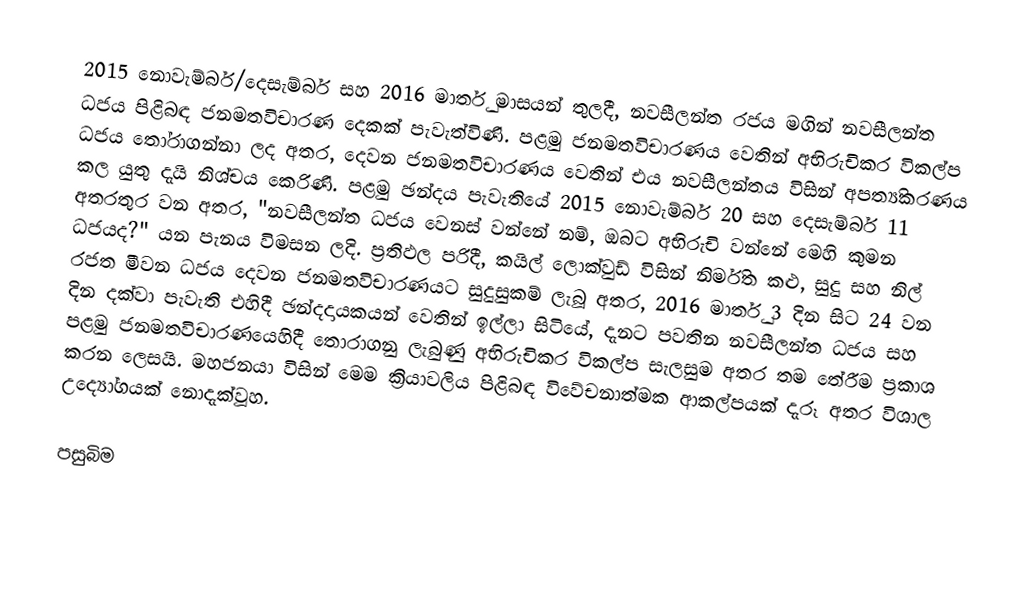
2015 නොවැම්බර්/දෙසැම්බර් සහ 2016 මාර්තු මාසයන් තුලදී, නවසීලන්ත රජය මගින් නවසීලන්ත ධජය  පිළිබඳ ජනමතවිචාරණ දෙකක්  පැවැත්විණි. පළමු ජනමතවිචාරණය වෙතින් අභිරුචිකර විකල්ප ධජය තෝරාගන්නා ලද අතර, දෙවන ජනමතවිචාරණය වෙතින් එය නවසීලන්තය විසින් අපත්‍යිකරණය කල යුතු දැයි නිශ්චය කෙරිණි. පළමු ඡන්දය පැවැතියේ 2015 නොවැම්බර් 20 සහ දෙසැම්බර් 11 අතරතුර වන අතර, "නවසීලන්ත ධජය වෙනස් වන්නේ නම්, ඔබට අභිරුචි වන්නේ මෙහි කුමන ධජයද?" යන පැනය විමසන ලදි. ප්‍රතිඵල පරිදී,  කයිල් ලොක්වුඩ් විසින් නිර්මිත  කළු, සුදු සහ නිල් රජත මීවන ධජය දෙවන ජනමතවිචාරණයට සුදුසුකම් ලැබූ අතර, 2016 මාර්තු 3 දින සිට 24 වන දින දක්වා පැවැති එහිදී ඡන්දදායකයන් වෙතින් ඉල්ලා සිටියේ, දැනට පවතින නවසීලන්ත ධජය සහ පළමු ජනමතවිචාරණයෙහිදී තොරාගනු ලැබුණු අභිරුචිකර විකල්ප සැලසුම අතර තම තේරීම ප්‍රකාශ කරන ලෙසයි.  මහජනයා විසින් මෙම ක්‍රියාවලිය පිළිබඳ විවේචනාත්මක ආකල්පයක් දැරූ අතර විශාල උද්‍යෝගයක් නොදැක්වූහ.

පසුබිම